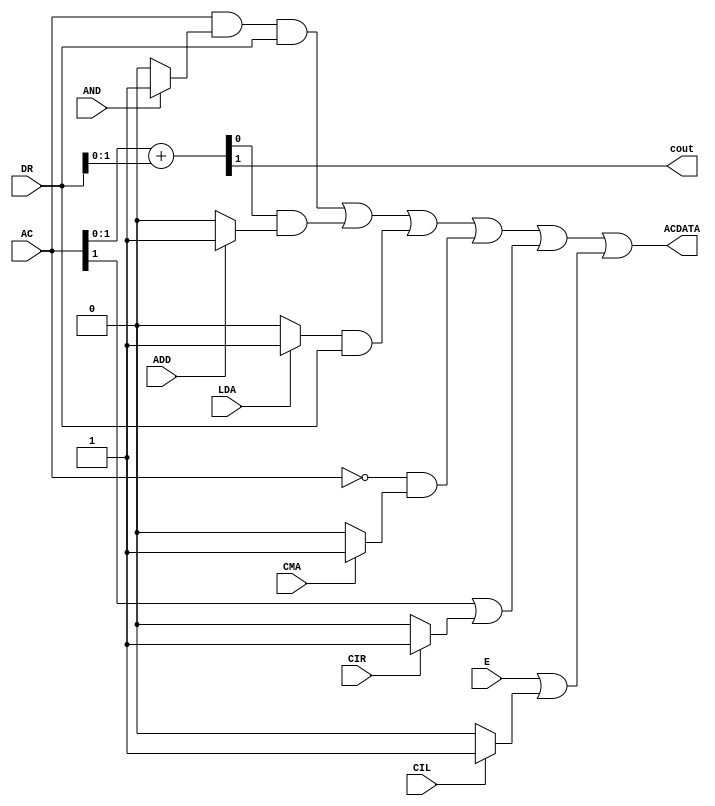
module ALU(
    input AND,ADD, LDA, CMA,CIR,CIL,E,     //instructions signals 
    input [15:0] AC, DR,
    
    output cout ,
    output [15:0]  ACDATA);
    
    wire [15:0] and16,add16,lda16,cma16,cir16,cil16;     // turning the instructions signals into 16-bit signal to be anded 
   
    wire [15:0] AND1,AND2,AND3,AND4,AND5,AND6 ;         //AND gate of each instruction  
    
    
    //AND OPERATION
    assign and16 = (AND ? 16'b1 :16'b0);
	assign AND1 = AC & and16 & DR;
	
	//ADD OPERTION , {CARRY,SUM} is the result of a full-adder
	assign {CARRY,SUM} = AC + DR ;
	assign cout = CARRY;
	
	assign add16 = (ADD ? 16'b1 :16'b0);
	assign AND2 = SUM & add16 ;
	
	//LDA OPERATION (load AC with DR content )
	assign lda16 = (LDA ? 16'b1 :16'b0);
	assign AND3 = lda16 & DR ;
	
	//CMA OPERATION (Complement AC content)
	assign cma16 = (CMA ? 16'b1 : 16'b0);
	assign AND4 = (~AC) & cma16;
	
	
	
	wire[15:0] acshr,acshl, e0shr, e0shl;
	wire o1 ,o2;
	//CIR (circulate/shift to right) OPERATION          ----> AC=shr AC , AC(15)= E , E= AC(0)
	assign cir16 = (CIR ? 16'b1 : 16'b0);
	
	assign acshr = AC >> 1;                                 // AC shifted to right one time with a "zero" 
	assign e0shr = E ? 16'b1000000000000000 : 16'b0;        // e0shr = E000000000000000 
	assign o1 = acshr | e0shr ;                             // o1 = {E, shifted content of AC }
	assign AND5= o1 | cir16;
	
	
	//CIL (circulate/shift to left) OPERATION          ----> AC=shl AC , AC(0)= E , E= AC(15)
	assign cil16 = (CIL ? 16'b1 : 16'b0);
	
	assign acshl = AC << 1; 
	assign e0shl = {15'b0, E};                             // e0shl = 000000000000000E
	assign o2 = acshl | e0shl ;                            // o2 = { shifted content of AC ,E}
	assign AND6 = o2 | cil16;              
	
	

    assign ACDATA = AND1 | AND2| AND3| AND4| AND5| AND6;   // All AND gates signals to be into an OR gate that results inAC
endmodule